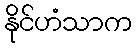
နိုင်ဟံသာက